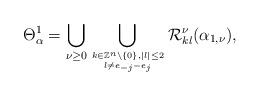
LaTeX: \begin{align*}\Theta^1_{\alpha}=\bigcup_{\nu\geq0}\bigcup_{k\in\mathbb{Z}^n\setminus\{0\},|l|\leq2\atop{l\neq e_{-j}-e_j}}\mathcal{R}_{kl}^{\nu}(\alpha_{1,\nu}),\end{align*}